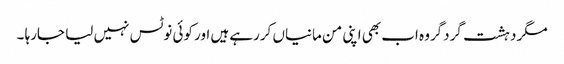
مگر دہشت گردگروہ اب بھی اپنی من مانیاں کررہے ہیں اور کوئی نوٹس نہیں لیا جارہا ۔